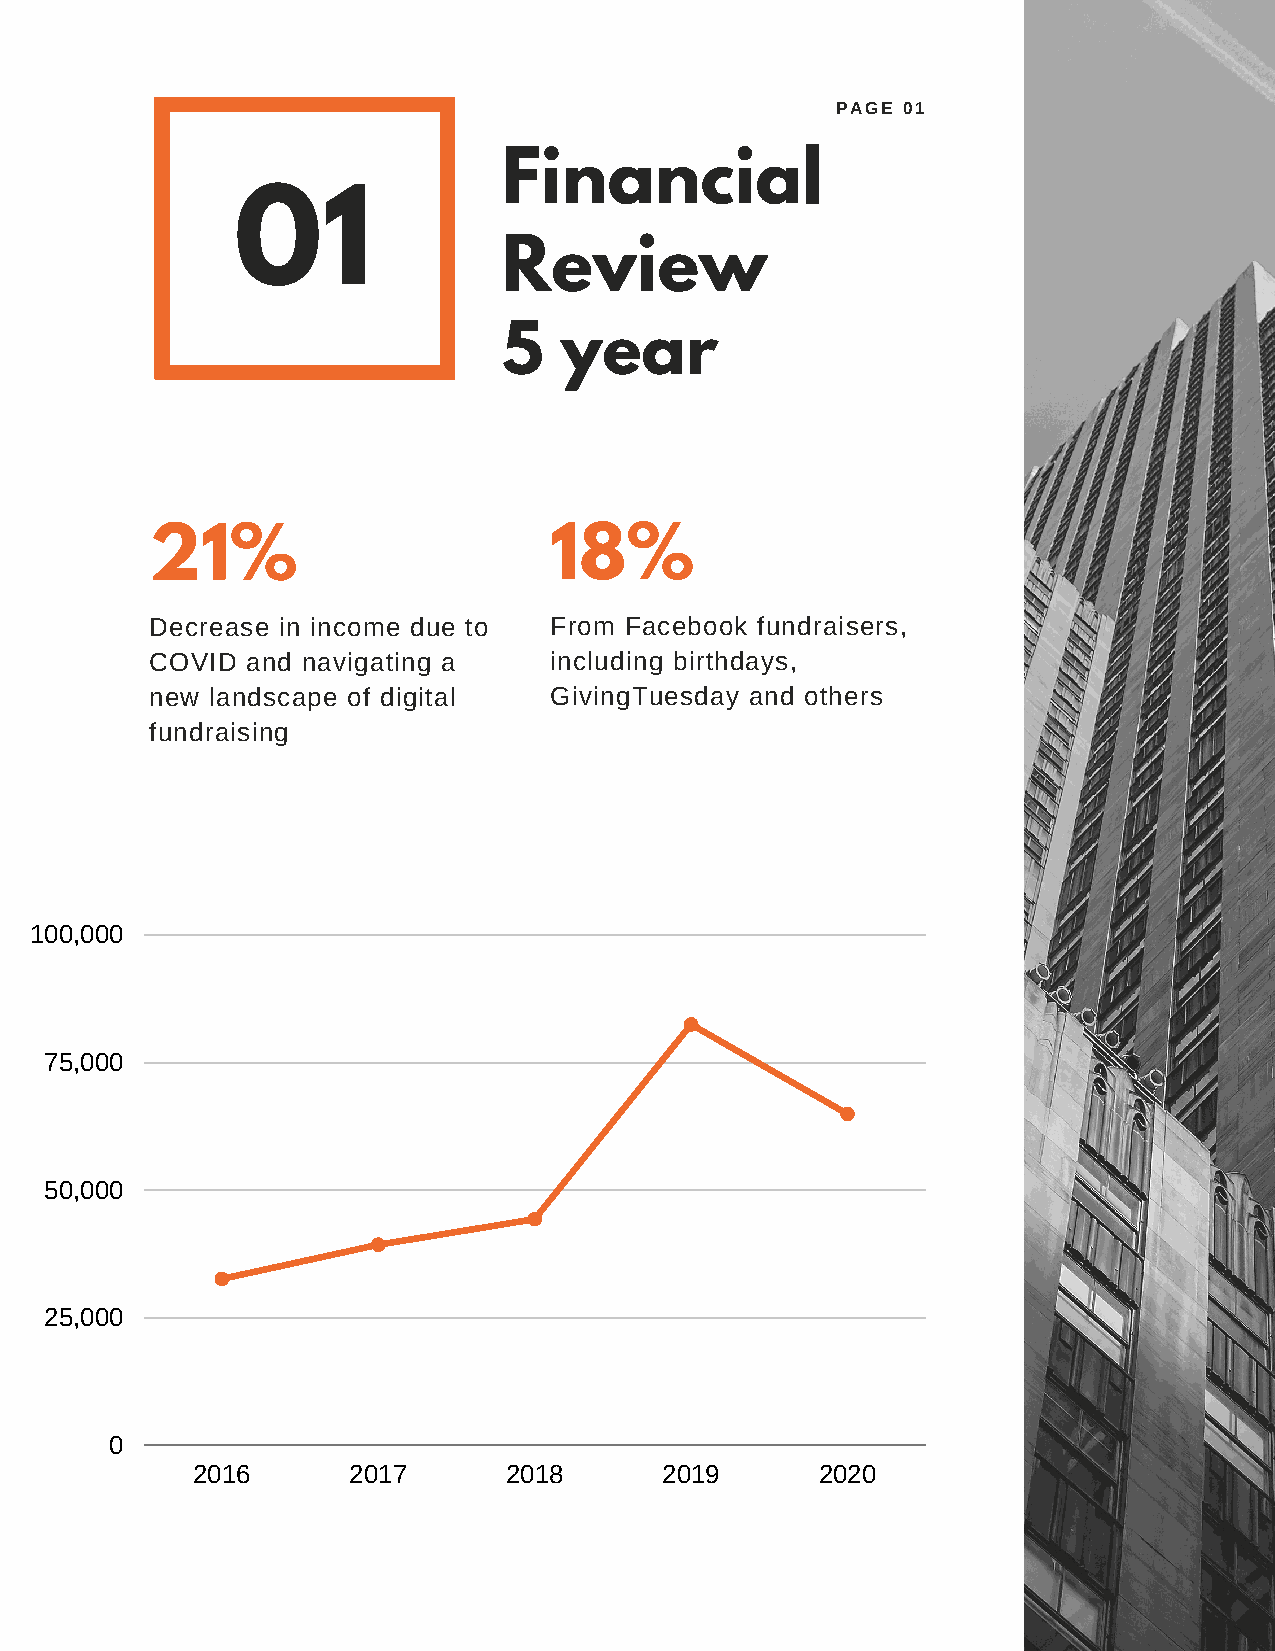
PAGE 01
 Financial
 01
 Review
 5   year
 21%                       18%
 Decrease in income due to From Facebook fundraisers,
 COVID and navigating a    including birthdays,
 new landscape of digital  GivingTuesday and others
 fundraising
 100,000
 75,000
 50,000
 25,000
 0
 2016      2017      2018       2019      2020